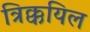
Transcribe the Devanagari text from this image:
त्रिक्कयिल